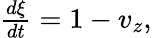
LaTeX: \begin{array}{r}{\frac{d\xi}{dt}=1-v_{z},}\end{array}